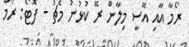
ރޯމާ އާއި އޭސީ މިލާން ރޭ ކުޅުނު މެޗު - ފޮޓޯ: ރޯމާ